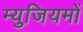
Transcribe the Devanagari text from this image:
म्युजियमों